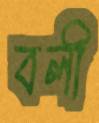
বলী